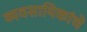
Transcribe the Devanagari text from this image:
व्यवसायिकांचे